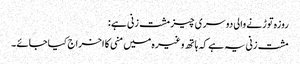
روزہ توڑنے والی دوسری چیز مشت زنی ہے :
مشت زنی یہ ہے کہ ہاتھ وغیرہ میں منی کا اخراج کیا جائے ۔